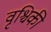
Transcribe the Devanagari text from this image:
वृश्चिकी